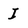
Character: I